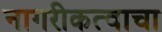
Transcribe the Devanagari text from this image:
नागरीकत्वाचा